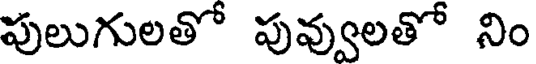
పులుగులతో పువ్వులతో నిం